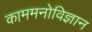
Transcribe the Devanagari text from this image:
काममनोविज्ञान